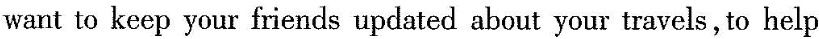
want to keep your friends updated about your travels, to help